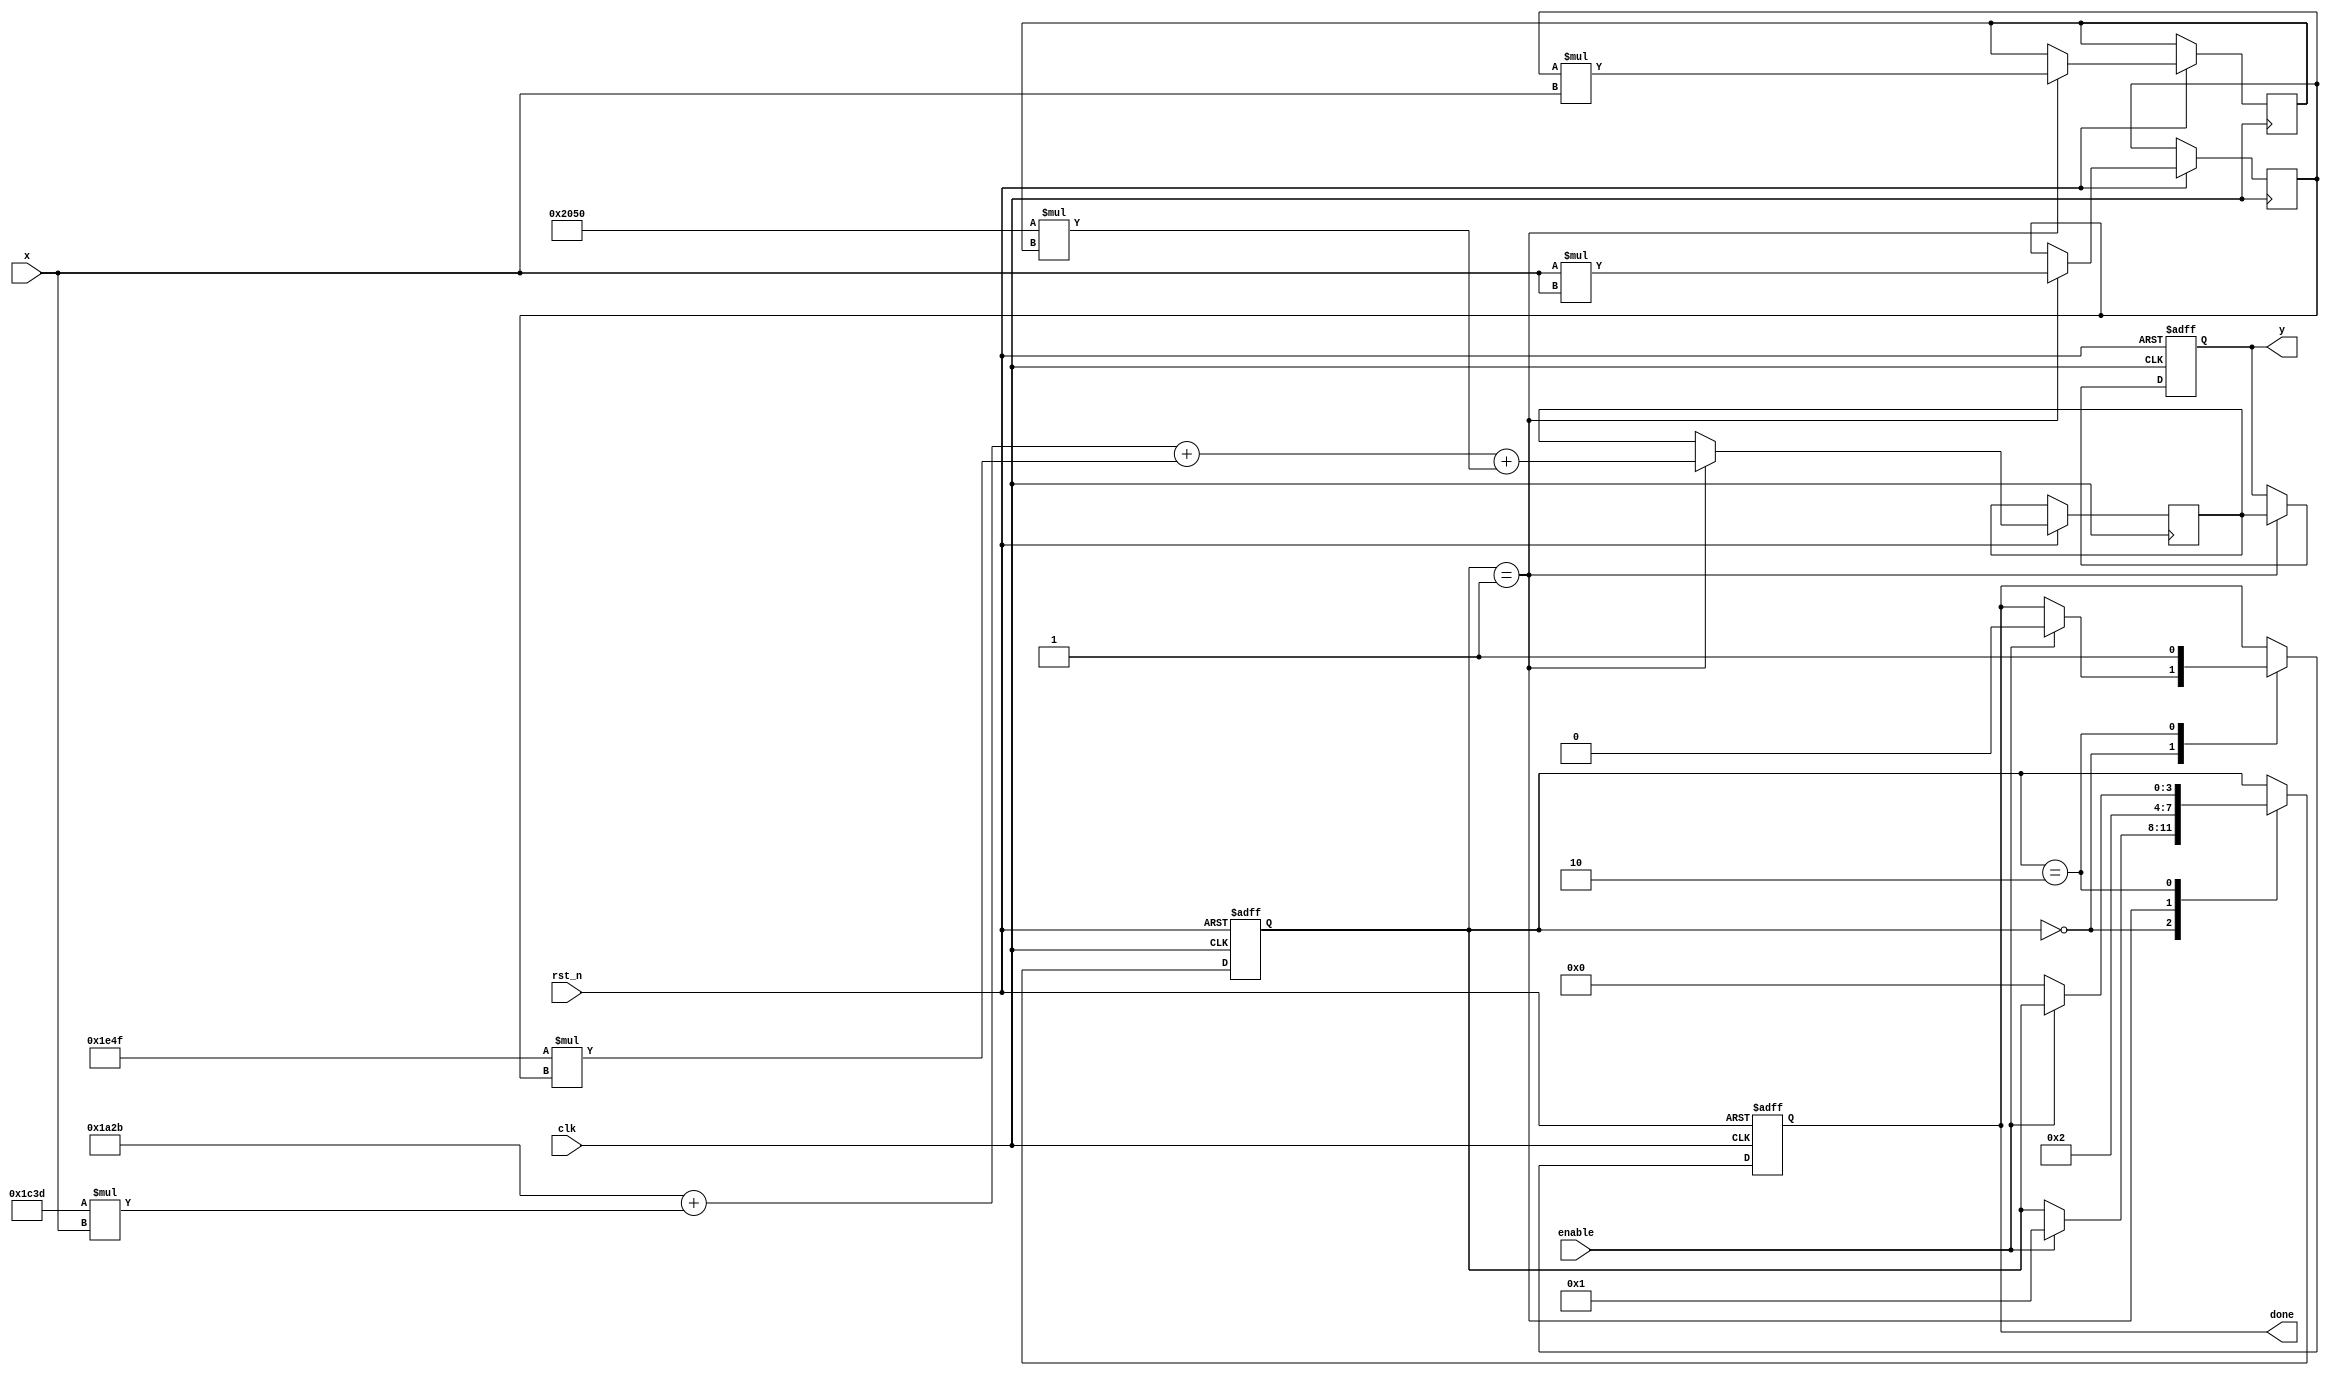
module poly_reciprocal (
    input wire clk,
    input wire rst_n,
    input wire enable,
    input wire [15:0] x, // Fixed-point input (0 < x < 1)
    output reg [15:0] y,  // Fixed-point output (reciprocal of x)
    output reg done       // Signal to indicate completion
);

    // Polynomial coefficients for approximation (example coefficients)
    // P(x) = c0 + c1*x + c2*x^2 + c3*x^3
    parameter C0 = 16'h1A2B; // Example coefficient for x^0
    parameter C1 = 16'h1C3D; // Example coefficient for x^1
    parameter C2 = 16'h1E4F; // Example coefficient for x^2
    parameter C3 = 16'h2050; // Example coefficient for x^3

    reg [15:0] x_squared;
    reg [15:0] x_cubed;
    reg [15:0] polynomial_result;
    reg [3:0] state;

    // State machine states
    localparam IDLE = 4'b0000,
               CALC = 4'b0001,
               DONE = 4'b0010;

    // State machine for control logic
    always @(posedge clk or negedge rst_n) begin
        if (!rst_n) begin
            state <= IDLE;
            y <= 16'b0;
            done <= 1'b0;
        end else begin
            case (state)
                IDLE: begin
                    if (enable) begin
                        state <= CALC;
                        done <= 1'b0;
                    end
                end
                CALC: begin
                    // Compute x^2 and x^3
                    x_squared <= x * x; // x^2
                    x_cubed <= x_squared * x; // x^3

                    // Evaluate polynomial P(x) = C0 + C1*x + C2*x^2 + C3*x^3
                    polynomial_result <= C0 + (C1 * x) + (C2 * x_squared) + (C3 * x_cubed);

                    // Scale the result (if necessary)
                    // Here we assume no scaling is needed for simplicity
                    y <= polynomial_result;

                    state <= DONE;
                end
                DONE: begin
                    done <= 1'b1; // Indicate completion
                    if (!enable) begin
                        state <= IDLE; // Go back to IDLE if enable is low
                    end
                end
            endcase
        end
    end

endmodule